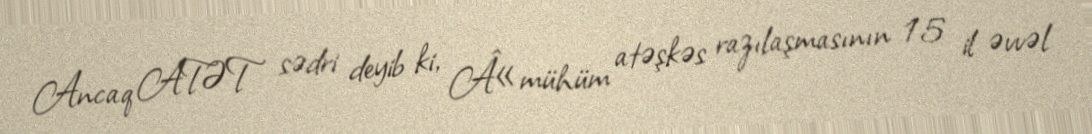
Ancaq ATƏT sədri deyib ki, Â«mühüm atəşkəs razılaşmasının 15 il əvvəl